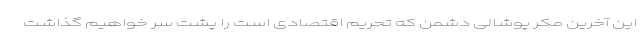
این آخرین مکر پوشالی دشمن که تحریم اقتصادی است را پشت سر خواهیم گذاشت